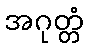
အဂုတ္တံ